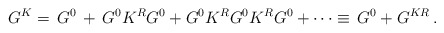
\begin{align*}G^K=\,G^0\,+\,G^0K^RG^0+G^0K^RG^0K^RG^0+\cdots\equiv\,G^0+G^{KR}\,.\end{align*}